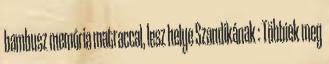
bambusz memória matraccal, lesz helye Szandikának : Többiek meg